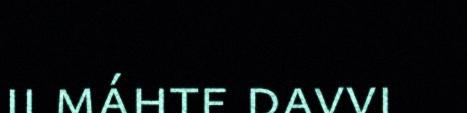
ii máhte davvi